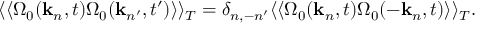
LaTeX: \langle \langle \Omega _ { 0 } ( { \bf k } _ { n } , t ) \Omega _ { 0 } ( { \bf k } _ { n ^ { \prime } } , t ^ { \prime } ) \rangle \rangle _ { T } = \delta _ { n , - n ^ { \prime } } \langle \langle \Omega _ { 0 } ( { \bf k } _ { n } , t ) \Omega _ { 0 } ( - { \bf k } _ { n } , t ) \rangle \rangle _ { T } .